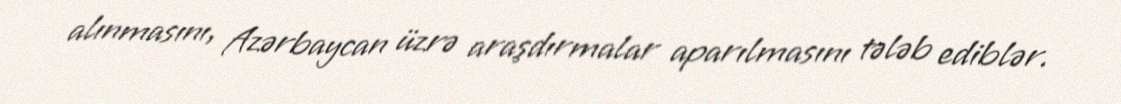
alınmasını, Azərbaycan üzrə araşdırmalar aparılmasını tələb ediblər.